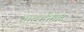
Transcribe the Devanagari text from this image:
ग्राखवोगेल